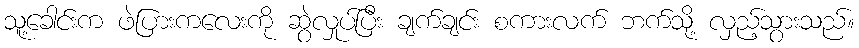
သူ့ခေါင်းက ဖဲပြားကလေးကို ဆွဲလှုပ်ပြီး ချက်ချင်း စကားလက် ဘက်သို့ လှည့်သွားသည်။